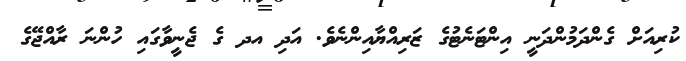
ކުރިއަށް ގެންދަމުންދަނީ އިންޓަނެޓުގެ ޒަރިއްޔާއިންނެވެ. އަދި އދ ގެ ޖެނީވާގައި ހުންނަ ރާއްޖޭގެ